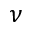
\nu